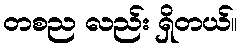
တစည လည်း ရှိတယ်။